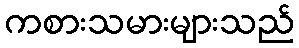
ကစားသမားများသည်